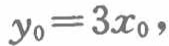
$y_{0}=3x_{0},$